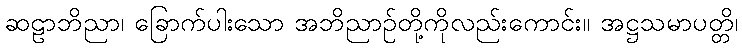
ဆဠာဘိညာ၊ ခြောက်ပါးသော အဘိညာဉ်တို့ကိုလည်းကောင်း။ အဋ္ဌသမာပတ္တိ၊